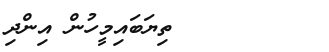
٢٢        ތިޔަބައިމީހުން އިންދި